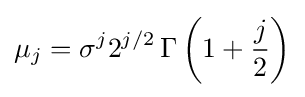
\mu _{j}=\sigma ^{j}2^{j/2}\,\Gamma \left(1+{\frac {j}{2}}\right)